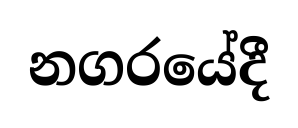
නගරයේදී